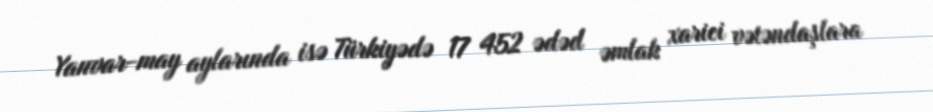
Yanvar-may aylarında isə Türkiyədə 17 452 ədəd əmlak xarici vətəndaşlara